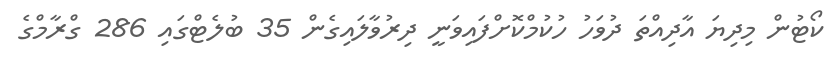
ކޯޓުން މިދިޔަ އާދިއްތަ ދުވަހު ހުކުމްކޮށްފައިވަނީ ދިރުވާލައިގެން 35 ބުލެޓްގައި 286 ގްރާމްގެ